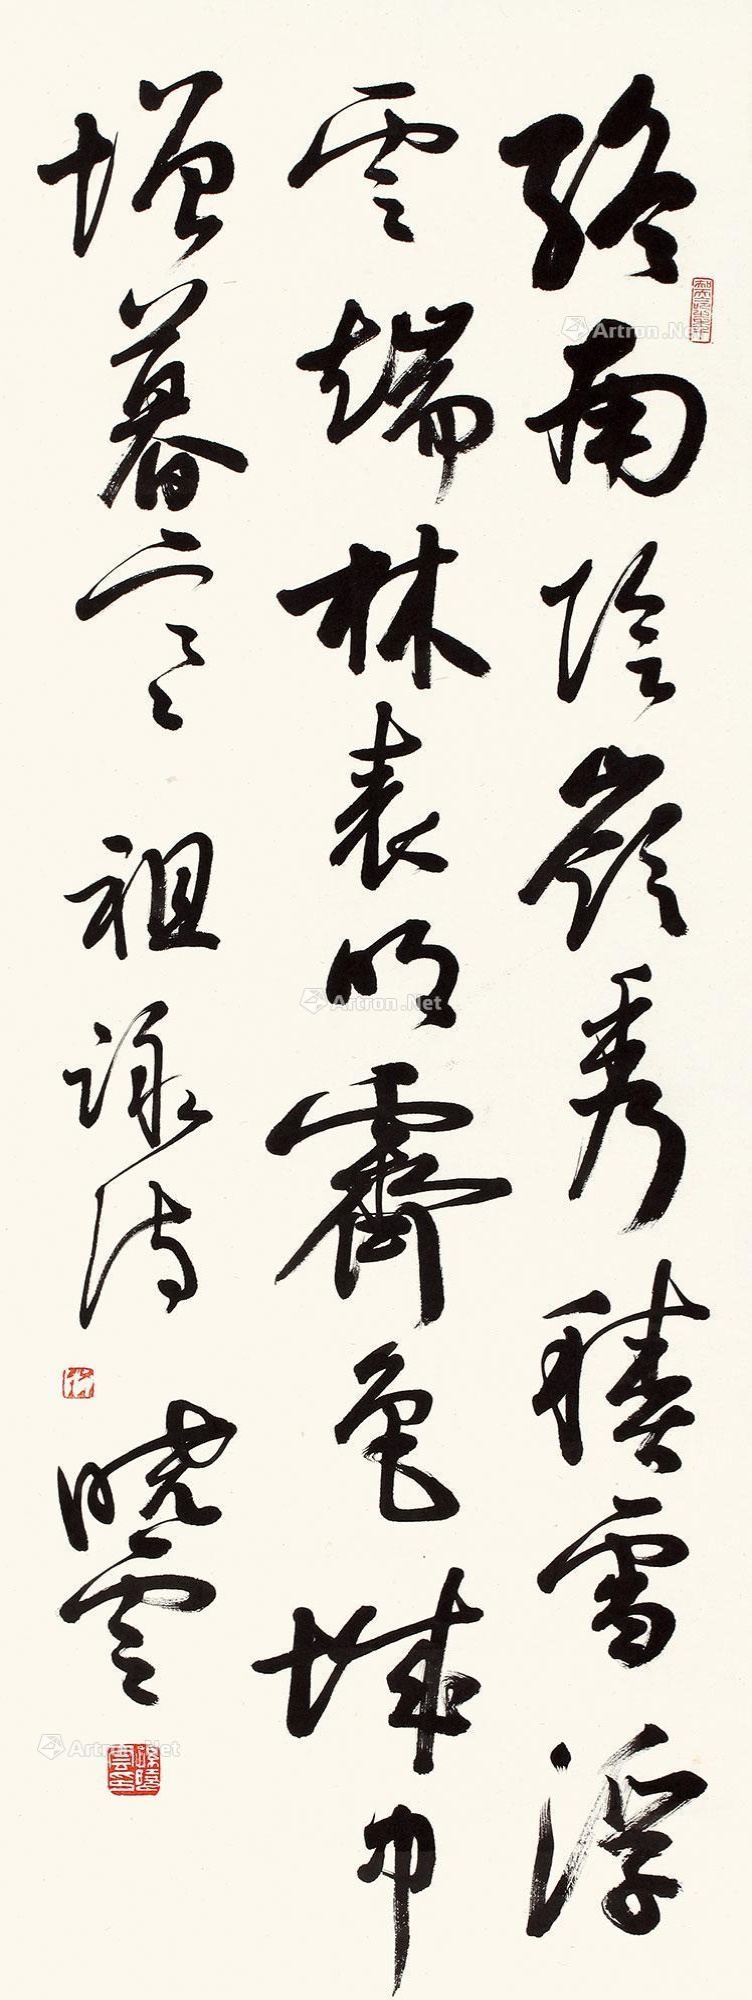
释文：终南阴岭秀，积雪浮云端。林表明霁色，城中增暮寒。祖咏诗。孙晓云。